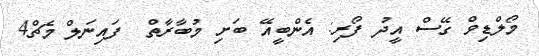
މޯލްޑިވް ގޭސް އީދު ފޯރި: އެންބީއޭ ބަށި މުބާރާތް  ފައިނަލް މެޗް4